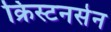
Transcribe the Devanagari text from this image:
क्रिस्टनसेन